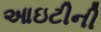
આઇટીની